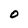
Character: 0